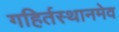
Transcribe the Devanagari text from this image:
गहिर्तस्थानमेव